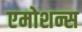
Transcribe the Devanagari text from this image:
एमोशन्स